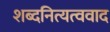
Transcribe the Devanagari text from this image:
शब्दनित्यत्ववाद